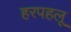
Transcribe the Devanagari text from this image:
हरपहलू